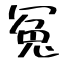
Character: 冤